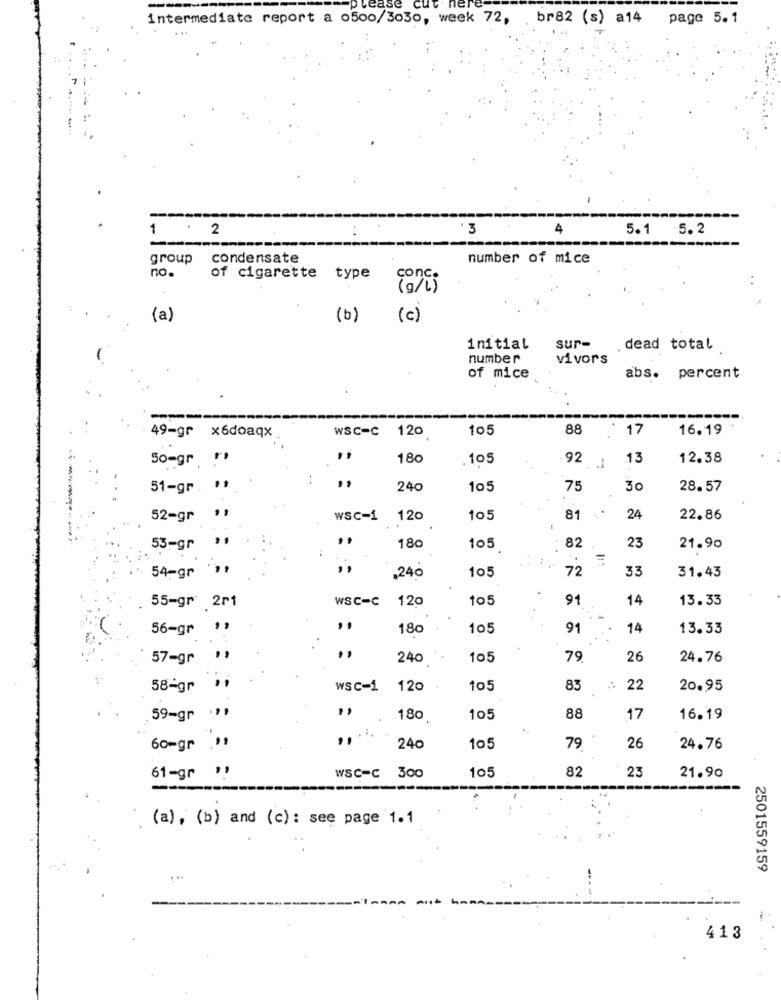
please
intermediate report a o500/3030, week 72, br82 (s) a14 page 5.1
--
1
2
..
3
4
5.1
5.2
group
condensate
number of mice
no.
of cigarette type
(a)
(b)
(c)
initial
sur-
. dead total
number
vivors
of mice
abs. percent
----
49-gr x6doaqx
wSC-C 120
105
88
17
16.19
50-gr. ">
180
. 105
13
12.38
92 1
51-gr . **
240
105
75
30
28.57
52-gr
WSC-1
120
105
81
24
22.86
--------
53-gr
180
105
82
23
21.90
=
72
33
54-gr
,240
105
31.43
wSC-C
120
105
91
14
13.33
55-gr 2r1
56-gr
180
105
91
14
13.33
57-gr
240
105
79
26
24.76
58-gr
wSC-1 120
105
83
22
20.95
59-gr ."
180
105
88
17
16.19
26
60=gr "
240
105
79
24.76
82
23
61-gr
WSC=c 300
105
21.90
-----
(a), (b) and (c) : see page 1.1
2501559159
413